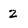
Character: 2